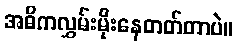
အဓိကလွှမ်းမိုးနေတတ်တာပဲ။